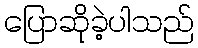
ပြောဆိုခဲ့ပါသည်